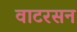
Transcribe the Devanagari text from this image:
वाटरसन